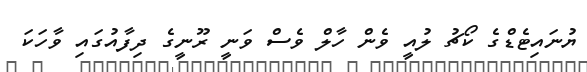
ޔުނައިޓެޑްގެ ކޯޗު ލުއީ ވެން ހާލް ވެސް ވަނީ ރޫނީގެ ދިފާއުގައި ވާހަކަ